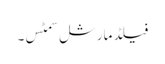
فیلڈ مارشل سمٹس۔